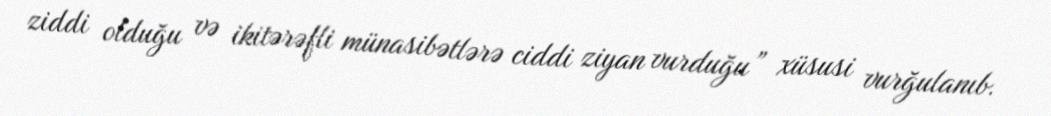
ziddi olduğu və ikitərəfli münasibətlərə ciddi ziyan vurduğu” xüsusi vurğulanıb.